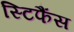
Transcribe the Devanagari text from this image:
स्टिफैंस